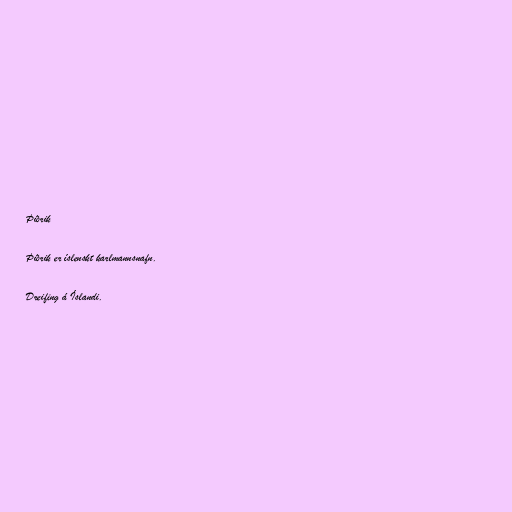
Þiðrik

Þiðrik er íslenskt karlmannsnafn.

Dreifing á Íslandi.